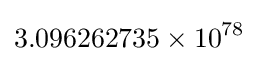
3.096262735\times 10^{78}